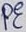
Text: PE